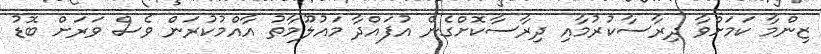
ޒިންމާ ކަމަށްވާ ދިރާސާކުރުމާއި ދިރާސާކޮށްގެން އުފައްދާ މައުލޫމާތު އާއްމުކުރަން ވެސް ވަރަށް ބޮޑު